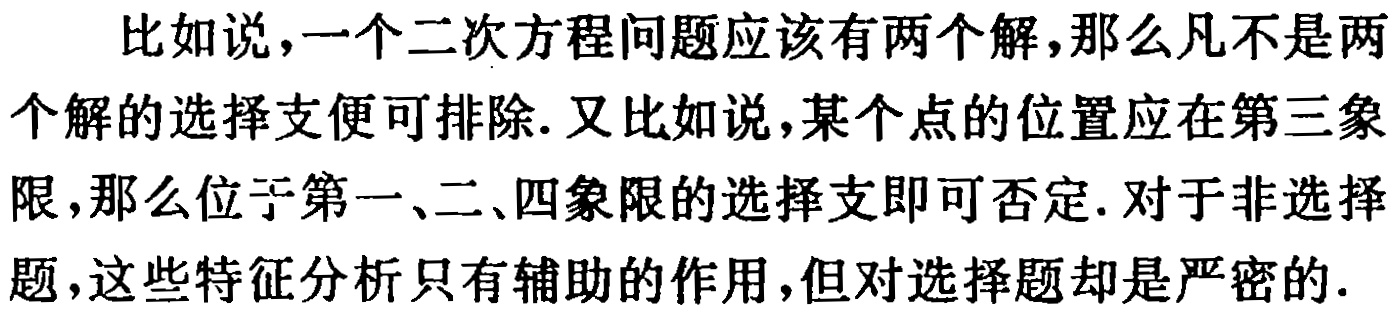
比如说，一个二次方程问题应该有两个解，那么凡不是两个解的选择支便可排除. 又比如说，某个点的位置应在第三象限，那么位于第一、二、四象限的选择支即可否定. 对于非选择题，这些特征分析只有辅助的作用，但对选择题却是严密的.